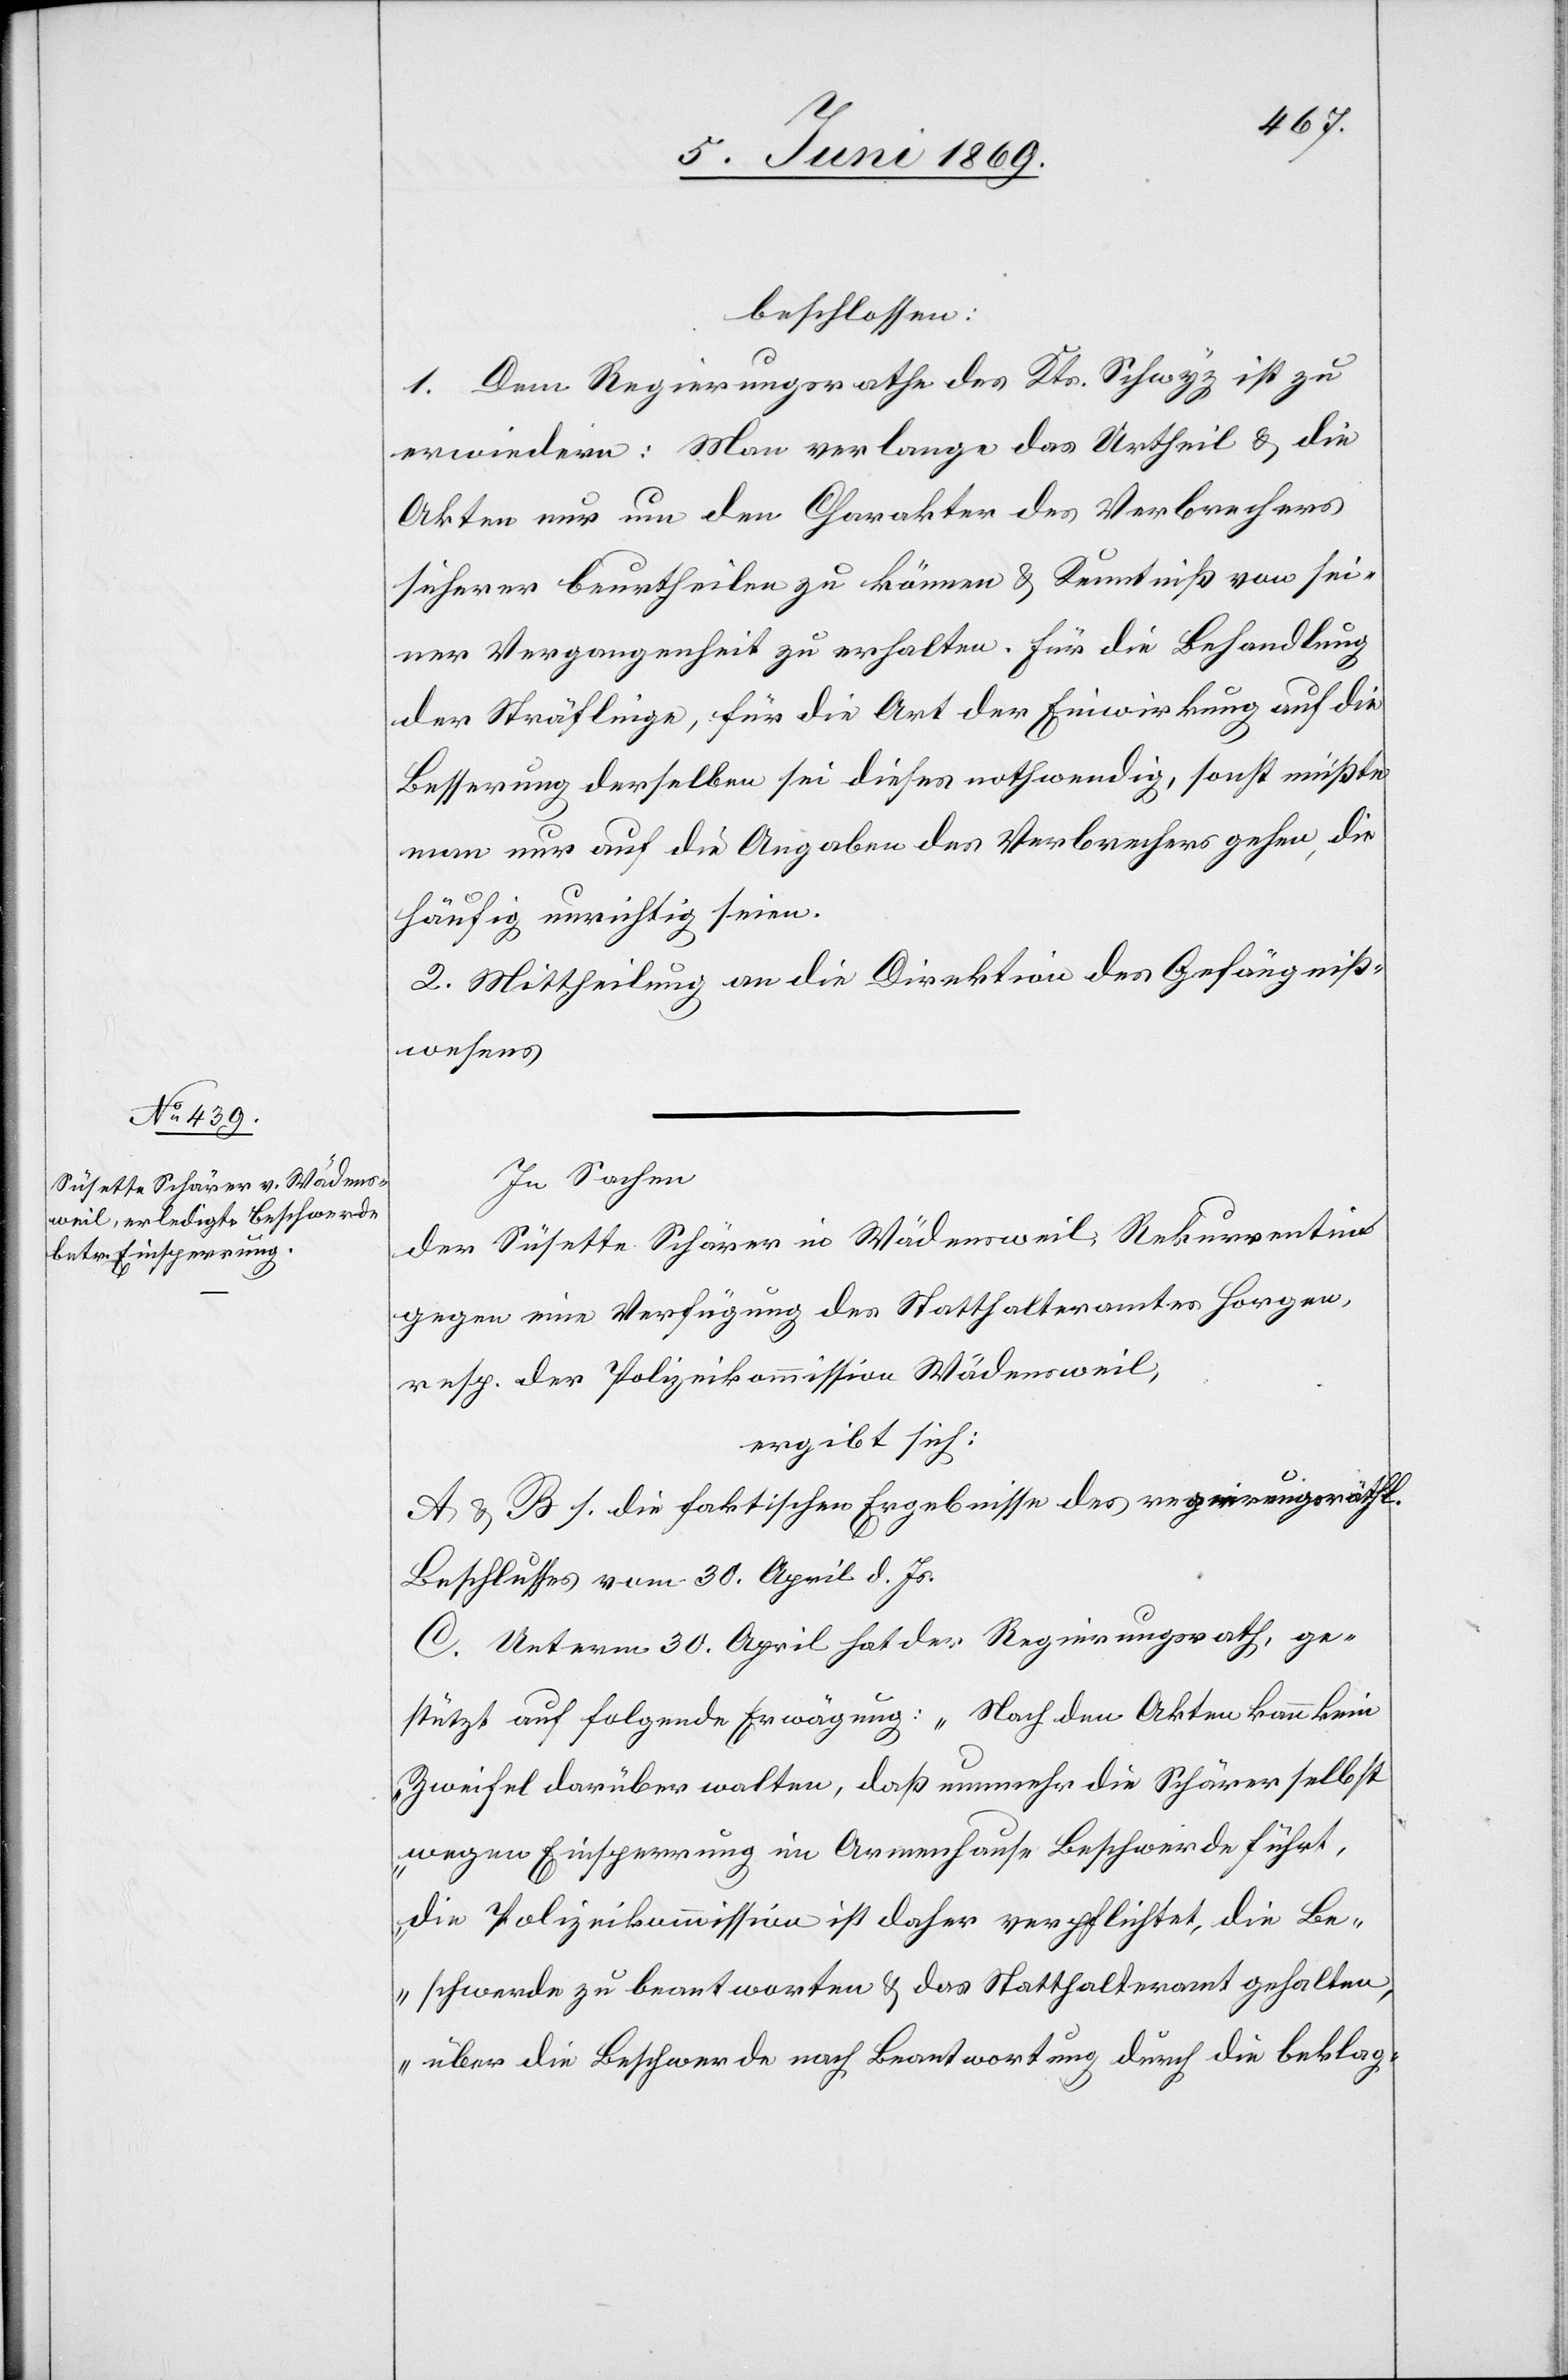
beschlossen:
1. Dem Regierungsrathe des Kts. Schwyz ist zu
erwiedern: Man verlange das Urtheil u. die
Akten nur um den Charakter des Verbrechers
sicherer beurtheilen zu können u. Kenntniß von sei¬
ner Vergangenheit zu erhalten. Für die Behandlung
der Sträflinge, für die Art der Einwirkung auf die
Besserung derselben sei dieses nothwendig, sonst müßte
man nur auf die Angaben des Verbrechens gehen, die
häufig unrichtig seien.
2. Mittheilung an die Direktion des Gefängniß¬
wesens.
In Sachen
der Susette Schärer in Wädensweil, Rekurrentin
gegen eine Verfügung des Statthalteramtes Horgen,
resp. der Polizeikommission Wädensweil,
ergibt sich:
A u. B. s. die faktischen Ergebnisse des regierungsräthl.
Beschlusses vom 30. April d. Js.
C. Unterm 30. April hat der Regierungsrath, ge¬
stützt auf folgende Erwägung: „Nach den Akten kann kein
Zweifel darüber walten, daß nunmehr die Schärer selbst
wegen Einsperrung im Armenhause Beschwerde führt,
die Polizeikommission ist daher verpflichtet, die Be¬
schwerde zu beantworten u. das Statthalteramt gehalten,
über die Beschwerde nach Beantwortung durch die beklag-